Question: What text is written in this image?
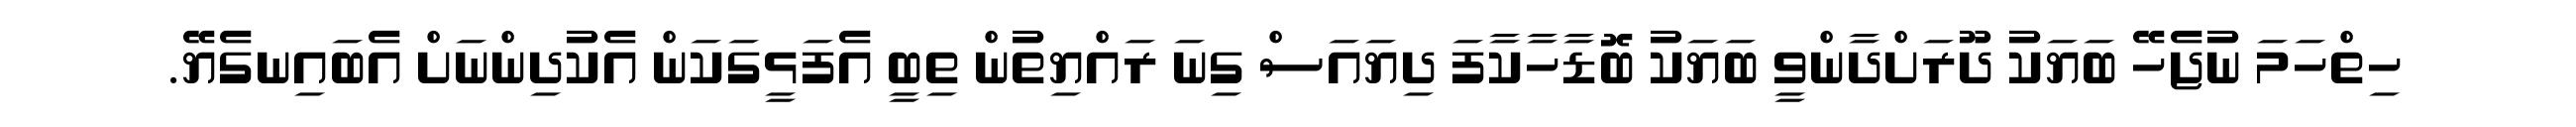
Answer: ހިތްހަމަ ނުޖެހޭ ބަޔަކު ދޫރަށްދާންވީ ބަޔަކު ބޮޑާހާކާފަ ދިޔައަސް ގިނަ ރައްޔިތުން ތިބީ އެފަޅީގަކަން އެކުދިންނަށް އެބައިނގެޔޭ.